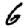
Digit: 6